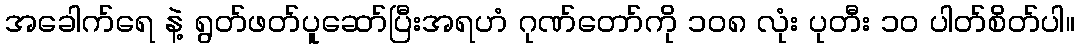
အခေါက်ရေ နဲ့ ရွတ်ဖတ်ပူဆော်ပြီးအရဟံ ဂုဏ်တော်ကို ၁၀၈ လုံး ပုတီး ၁၀ ပါတ်စိတ်ပါ။